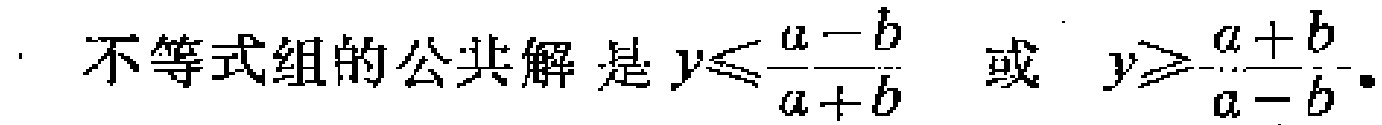
不等式组的公共解是\(y\leqslant\frac{a - b}{a + b}\) 或 \(y\geqslant\frac{a + b}{a - b}\)。